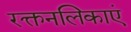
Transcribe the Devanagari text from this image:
रक्तनलिकाएं